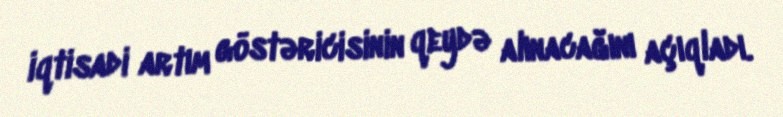
iqtisadi artım göstəricisinin qeydə alınacağını açıqladı.